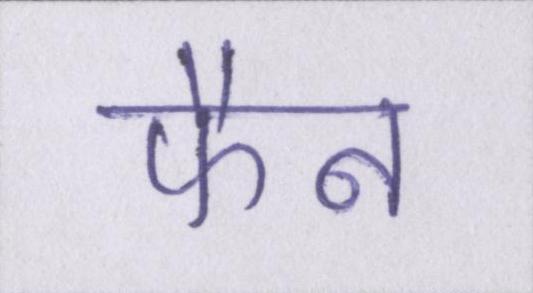
फैन